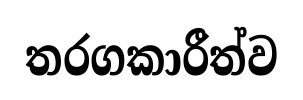
තරගකාරීත්ව